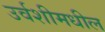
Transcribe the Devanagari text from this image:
उर्वशीमधील